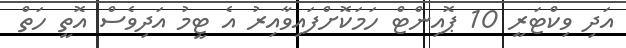
އަދި ވިކްޓަރީ 10 ޕޮއިންޓް ހަމަކޮށްފައިވާއިރު އެ ޓީމު އަދިވެސް އޮތީ ހަތް